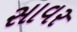
સાવર